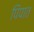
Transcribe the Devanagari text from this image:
पिंपात